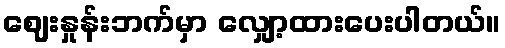
ဈေးနှုန်းဘက်မှာ လျှော့ထားပေးပါတယ်။